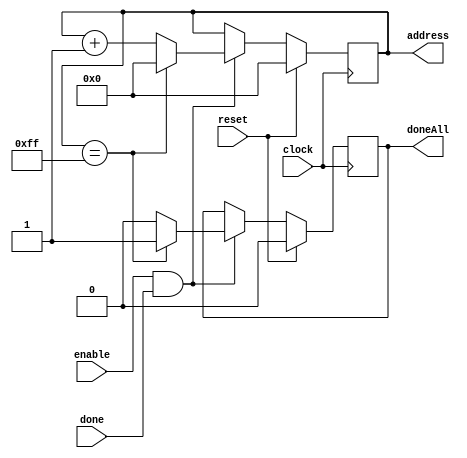


//addressCounter AC1 (.clock(CLOCK_50), .reset(!KEY[0]), .enable( ), .done( ), .address( ), .doneAll( ), .LIMIT( ));
//
//addressToPosition ATP1 ( );
//positionToPixel PTP1 ();

//BRAM B1 (address_a, address_b, clock, data_a, data_b, rden_a, rden_b, wren_a, wren_b, q_a, q_b);
 //BRAM (address_a,address_b,clock,data_a,data_b,rden_a,rden_b,wren_a,wren_b,q_a,q_b);

 module addressCounter (clock, reset, enable, done, address, doneAll);

 	input clock, reset, enable, done;
 	output reg [8:0] address;
	output reg doneAll; 
	
	
	always@(posedge clock) 
	begin: address_counter
		if(reset)
		begin
			doneAll <= 0;
			address <= 0;
		end
		else if(enable && done) //
		begin
			if(address == 255) begin
				doneAll <= 1;
				address <= 0;
			end
			else begin
				doneAll <= 0;
				address <= address + 1;
			end
		end
	end
 endmodule

 
 module addressCounter100 (clock, reset, enable, address, doneAll);

 	input clock, reset, enable;
 	output reg [8:0] address;
	output reg doneAll; 
	
	always@(posedge clock) 
	begin: address_counter
		if(reset)
		begin
			doneAll <= 0;
			address <= 0;
		end
		else if(enable) //
		begin
			if(address == 99) begin
				doneAll <= 1;
				address <= 0;
			end
			else begin
				doneAll <= 0;
				address <= address + 1;
			end
		end
	end
 endmodule



module addressToPosition(address, positionX, positionY);
    input [8:0]address;
    output [3:0]positionX;
    output [3:0]positionY;

    assign positionX = address % 16;
    assign positionY = (address - positionX) / 16;
endmodule


module positionToAddress(positionX, positionY, address);
    input [3:0]positionX, positionY;
    output [8:0]address;

    assign address = 16 * positionY + positionX;
endmodule

module positionToPixel(positionX, positionY, pixelX, pixelY);

	input[3:0] positionX, positionY;
	output [9:0] pixelX;
	output [8:0] pixelY;

	localparam SPACING = 2;
	localparam WIDTH = 10;

	assign pixelX = positionX * WIDTH + SPACING * (positionX) ; 
	assign pixelY = positionY * WIDTH + SPACING * (positionY) ;
	

endmodule